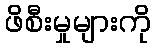
ဖိစီးမှုများကို